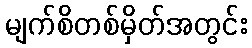
မျက်စိတစ်မှိတ်အတွင်း